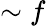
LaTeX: \sim f